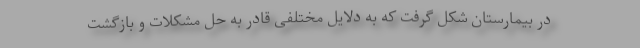
در بیمارستان شکل گرفت که به دلایل مختلفی قادر به حل مشکلات و بازگشت